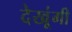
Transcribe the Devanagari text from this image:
देखूंगी